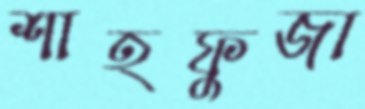
শাহফুজা